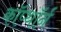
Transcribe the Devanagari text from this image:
कॉप्थॉर्न